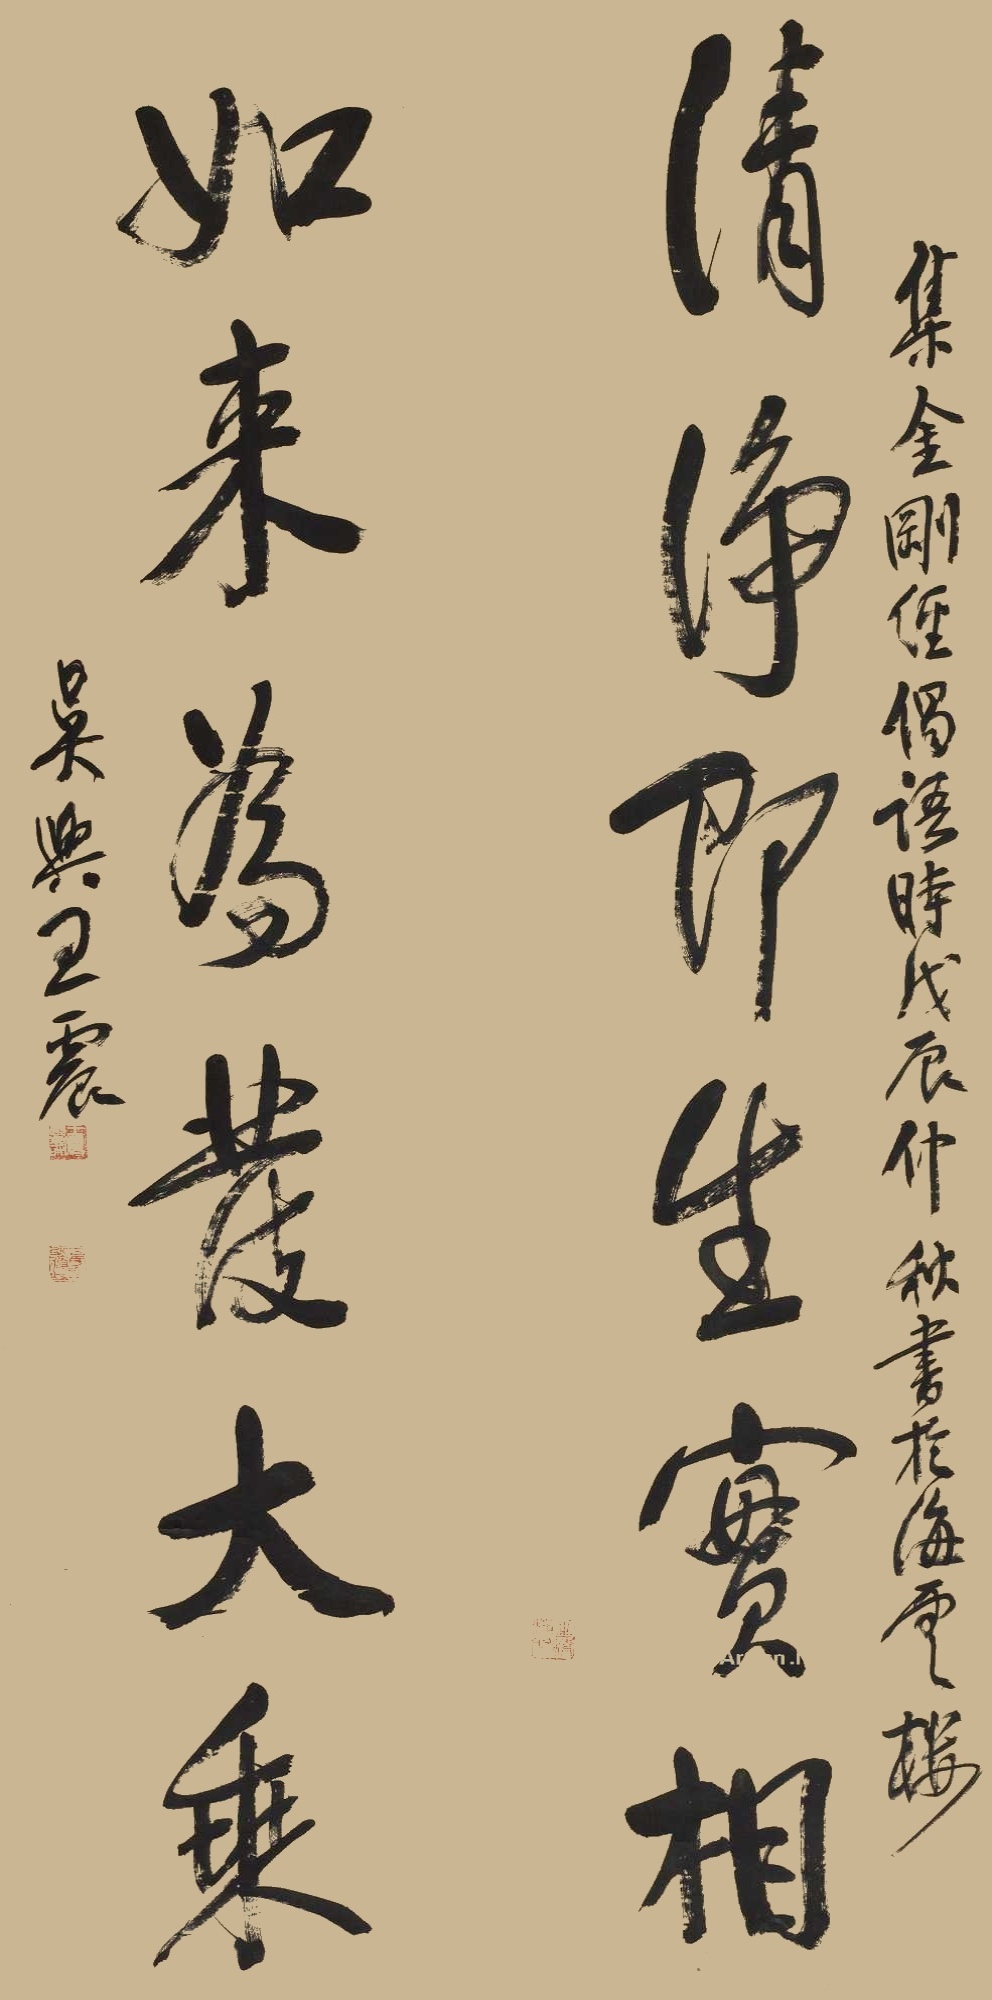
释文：清净即生实相，如来为发大乘。集金刚经偈语，时戊辰仲秋书于海云楼，吴兴王震。